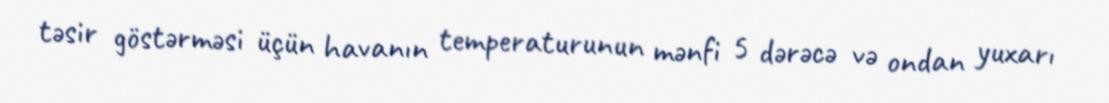
təsir göstərməsi üçün havanın temperaturunun mənfi 5 dərəcə və ondan yuxarı